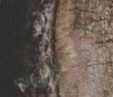
مستلزمات